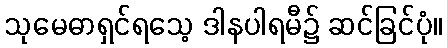
သုမေဓာရှင်ရသေ့ ဒါနပါရမီ၌ ဆင်ခြင်ပုံ။